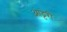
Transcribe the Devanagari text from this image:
ओट्टेरी